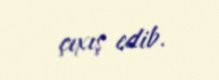
çıxış edib.